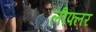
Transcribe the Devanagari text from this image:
लीफ्लर